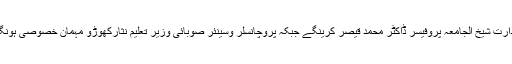
صدارت شیخ الجامعہ پروفیسر ڈاکٹر محمد قیصر کرینگے جبکہ پروچانسلر وسینئر صوبائی وزیر تعلیم نثارکھوڑو مہمان خصوصی ہونگے۔